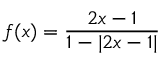
f ( x ) = { \frac { 2 x - 1 } { 1 - \vert { 2 x - 1 } \vert } }